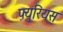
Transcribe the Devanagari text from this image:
फ़्युरियस